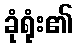
ခုံရုံး၏